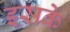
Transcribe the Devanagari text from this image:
इसके